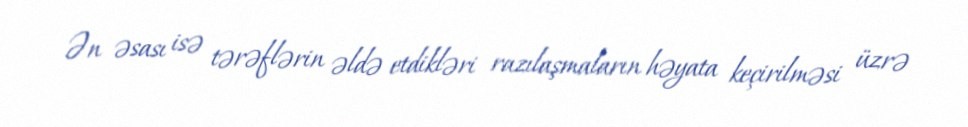
Ən əsası isə tərəflərin əldə etdikləri razılaşmaların həyata keçirilməsi üzrə